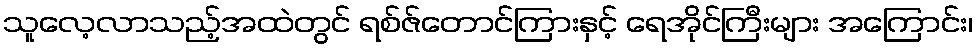
သူလေ့လာသည့်အထဲတွင် ရစ်ဇ်တောင်ကြားနှင့် ရေအိုင်ကြီးများ အကြောင်း၊